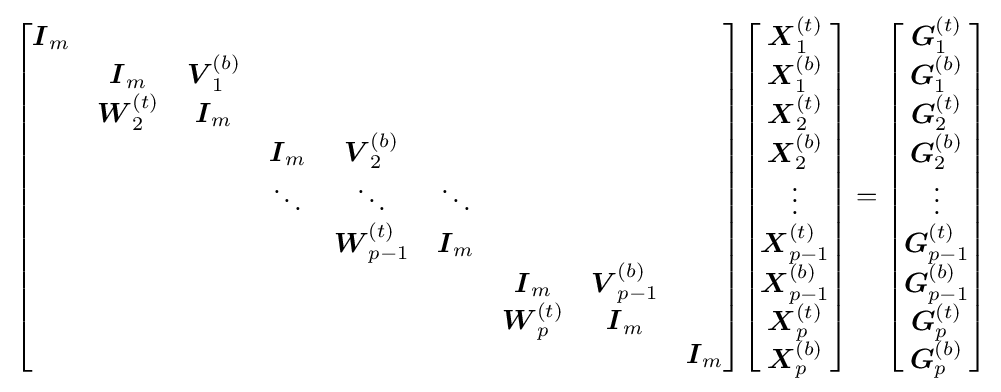
{\begin{bmatrix}{\boldsymbol {I}}_{m}\\&{\boldsymbol {I}}_{m}&{\boldsymbol {V}}_{1}^{(b)}\\&{\boldsymbol {W}}_{2}^{(t)}&{\boldsymbol {I}}_{m}\\&&&{\boldsymbol {I}}_{m}&{\boldsymbol {V}}_{2}^{(b)}\\&&&\ddots &\ddots &\ddots \\&&&&{\boldsymbol {W}}_{p-1}^{(t)}&{\boldsymbol {I}}_{m}\\&&&&&&{\boldsymbol {I}}_{m}&{\boldsymbol {V}}_{p-1}^{(b)}\\&&&&&&{\boldsymbol {W}}_{p}^{(t)}&{\boldsymbol {I}}_{m}\\&&&&&&&&{\boldsymbol {I}}_{m}\end{bmatrix}}{\begin{bmatrix}{\boldsymbol {X}}_{1}^{(t)}\\{\boldsymbol {X}}_{1}^{(b)}\\{\boldsymbol {X}}_{2}^{(t)}\\{\boldsymbol {X}}_{2}^{(b)}\\\vdots \\{\boldsymbol {X}}_{p-1}^{(t)}\\{\boldsymbol {X}}_{p-1}^{(b)}\\{\boldsymbol {X}}_{p}^{(t)}\\{\boldsymbol {X}}_{p}^{(b)}\end{bmatrix}}={\begin{bmatrix}{\boldsymbol {G}}_{1}^{(t)}\\{\boldsymbol {G}}_{1}^{(b)}\\{\boldsymbol {G}}_{2}^{(t)}\\{\boldsymbol {G}}_{2}^{(b)}\\\vdots \\{\boldsymbol {G}}_{p-1}^{(t)}\\{\boldsymbol {G}}_{p-1}^{(b)}\\{\boldsymbol {G}}_{p}^{(t)}\\{\boldsymbol {G}}_{p}^{(b)}\end{bmatrix}}